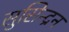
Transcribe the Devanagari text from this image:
सुसिन्द्रन